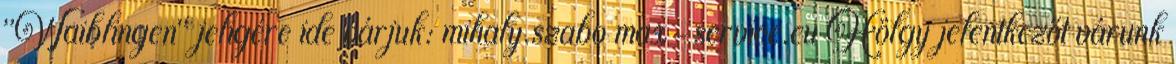
"Waiblingen" jeligére ide várjuk: mihaly.szabo max-service.eu Hölgy jelentkezőt várunk